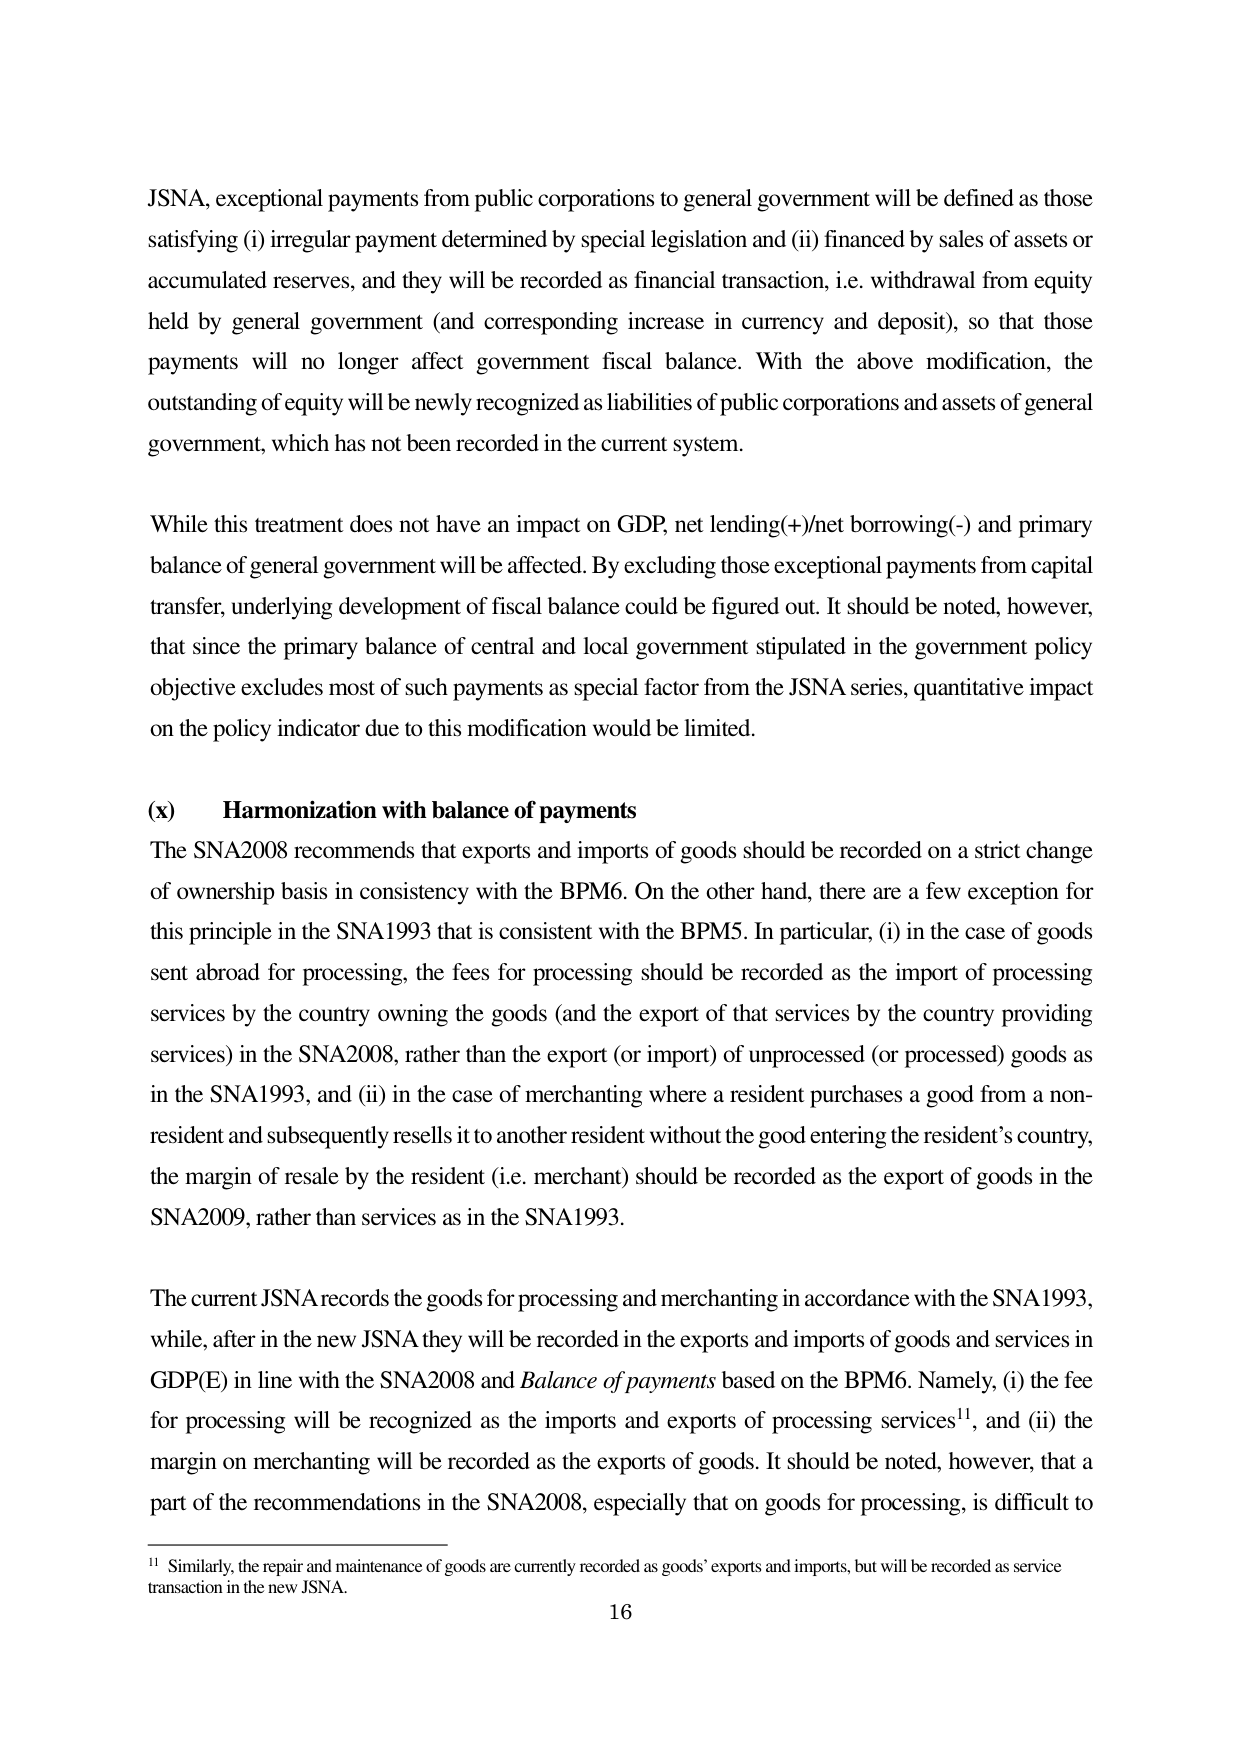
JSNA, exceptional payments from public corporations to general government will be defined as those satisfying (i) irregular payment determined by special legislation and (ii) financed by sales of assets or accumulated reserves, and they will be recorded as financial transaction, i.e. withdrawal from equity held by general government (and corresponding increase in currency and deposit), so that those payments will no longer affect government fiscal balance. With the above modification, the outstanding of equity will be newly recognized as liabilities of public corporations and assets of general government, which has not been recorded in the current system.

While this treatment does not have an impact on GDP, net lending(+)/net borrowing(-) and primary balance of general government will be affected. By excluding those exceptional payments from capital transfer, underlying development of fiscal balance could be figured out. It should be noted, however, that since the primary balance of central and local government stipulated in the government policy objective excludes most of such payments as special factor from the JSNA series, quantitative impact on the policy indicator due to this modification would be limited.

(x) Harmonization with balance of payments
The SNA2008 recommends that exports and imports of goods should be recorded on a strict change of ownership basis in consistency with the BPM6. On the other hand, there are a few exception for this principle in the SNA1993 that is consistent with the BPM5. In particular, (i) in the case of goods sent abroad for processing, the fees for processing should be recorded as the import of processing services by the country owning the goods (and the export of that services by the country providing services) in the SNA2008, rather than the export (or import) of unprocessed (or processed) goods as in the SNA1993, and (ii) in the case of merchanting where a resident purchases a good from a non-resident and subsequently resells it to another resident without the good entering the resident’s country, the margin of resale by the resident (i.e. merchant) should be recorded as the export of goods in the SNA2009, rather than services as in the SNA1993.

The current JSNA records the goods for processing and merchanting in accordance with the SNA1993, while, after in the new JSNA they will be recorded in the exports and imports of goods and services in GDP(E) in line with the SNA2008 and Balance of payments based on the BPM6. Namely, (i) the fee for processing will be recognized as the imports and exports of processing services¹¹, and (ii) the margin on merchanting will be recorded as the exports of goods. It should be noted, however, that a part of the recommendations in the SNA2008, especially that on goods for processing, is difficult to

¹¹ Similarly, the repair and maintenance of goods are currently recorded as goods’ exports and imports, but will be recorded as service transaction in the new JSNA.
16